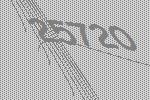
25720